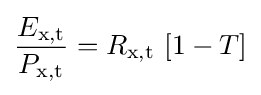
{\frac {E_{\text{x,t}}}{P_{\text{x,t}}}}=R_{\text{x,t}}\ [1-T]